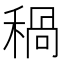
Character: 𥠁